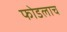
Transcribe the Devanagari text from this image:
फोडलाच